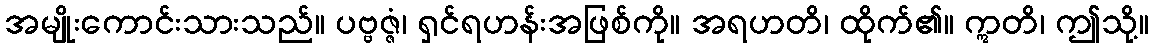
အမျိုးကောင်းသားသည်။ ပဗ္ဗဇ္ဇံ၊ ရှင်ရဟန်းအဖြစ်ကို။ အရဟတိ၊ ထိုက်၏။ ဣတိ၊ ဤသို့။